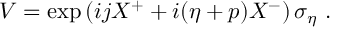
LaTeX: V = \exp \left( i j X ^ { + } + i ( \eta + p ) X ^ { - } \right) \sigma _ { \eta } ~ .